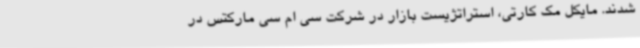
شدند. مایکل مک کارتی، استراتژیست بازار در شرکت سی ام سی مارکتس در